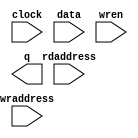
module max_ram (
	clock,
	data,
	rdaddress,
	wraddress,
	wren,
	q);

	input	  clock;
	input	[63:0]  data;
	input	[9:0]  rdaddress;
	input	[9:0]  wraddress;
	input	  wren;
	output	[63:0]  q;
`ifndef ALTERA_RESERVED_QIS
// synopsys translate_off
`endif
	tri1	  clock;
	tri0	  wren;
`ifndef ALTERA_RESERVED_QIS
// synopsys translate_on
`endif

endmodule